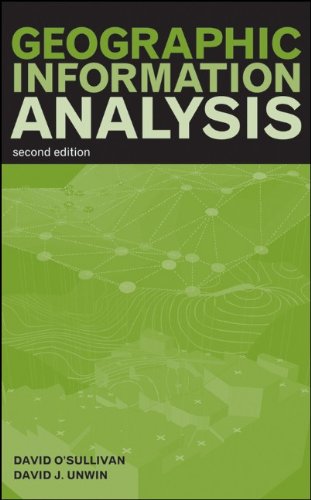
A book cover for Geographic Information Analysis; David O'Sullivan; Engineering & Transportation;